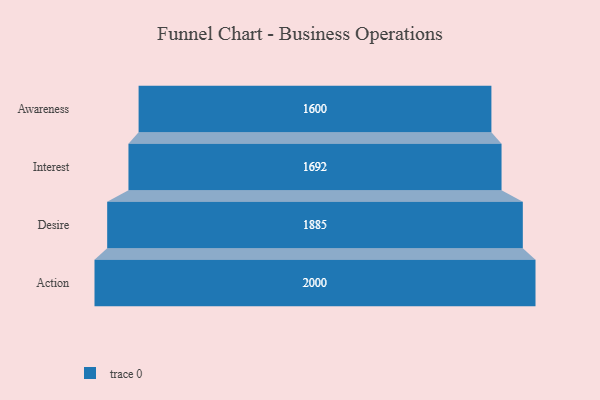
{"axis": {"x": "Stage", "y": "Value"}, "legend": [""], "data": [{"x": "Awareness", "y": 1600.0, "type": ""}, {"x": "Interest", "y": 1692.0, "type": ""}, {"x": "Desire", "y": 1885.0, "type": ""}, {"x": "Action", "y": 2000, "type": ""}]}